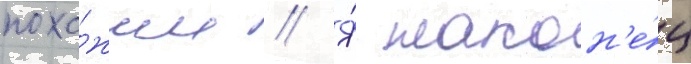
похо́жим // Я́ након'е́ц